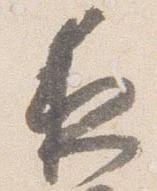
夜